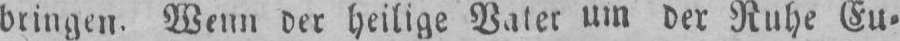
bringen. Wenn der heilige Vater um der Ruhe Eu⸗